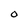
Character: O